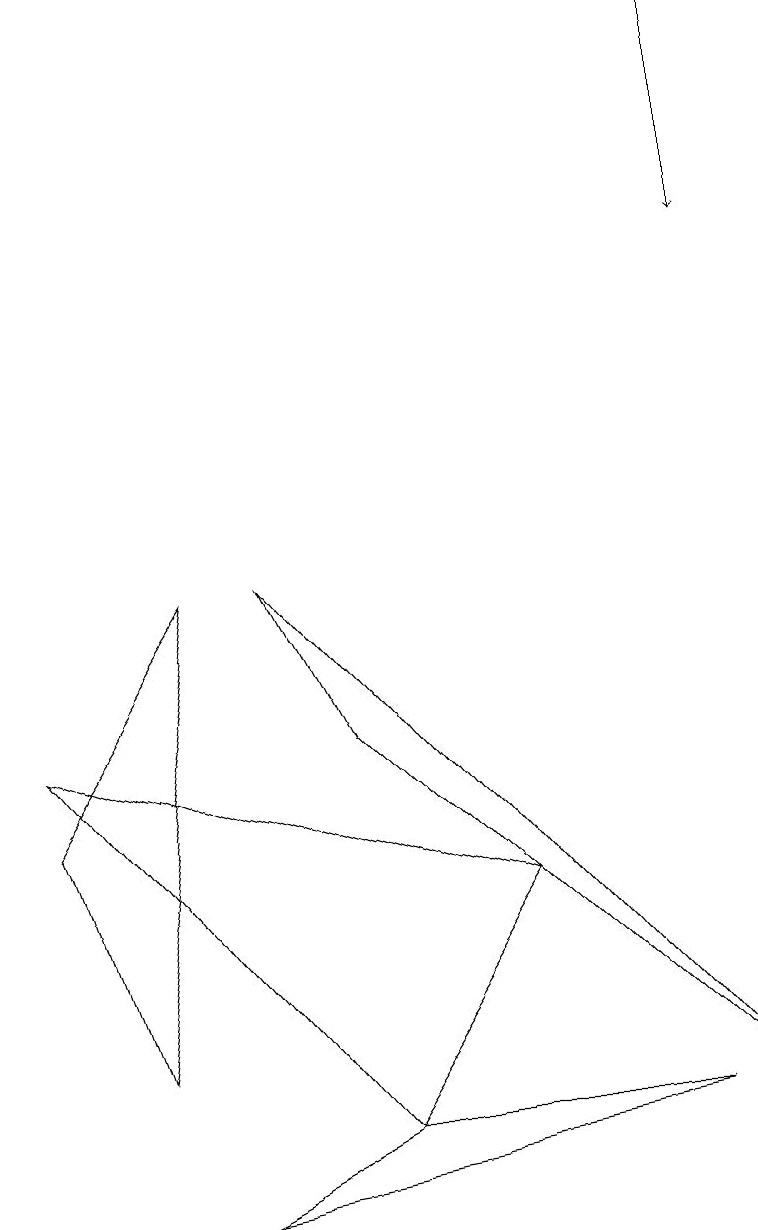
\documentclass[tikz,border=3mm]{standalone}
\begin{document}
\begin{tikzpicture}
\draw (1,2) -- (2,8) -- (0,5) -- cycle;
\draw (6,4) -- (4,1) -- (0,6) -- cycle;
\draw (9,1) -- (4,6) -- (3,8) -- cycle;
\draw (4,1) -- (8,1) -- (2,0) -- cycle;
\draw[->] (9,15) -- (9,12);
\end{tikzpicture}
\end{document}